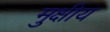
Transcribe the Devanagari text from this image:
मुक्षीय